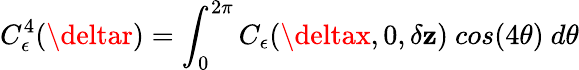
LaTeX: C_{\epsilon}^{4}(\deltar)=\int_{0}^{2\pi}C_{\epsilon}(\deltax,0,\delta\mathbf{z})~cos(4\theta)~d\theta